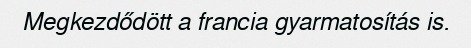
Megkezdődött a francia gyarmatosítás is.